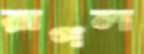
রাগল